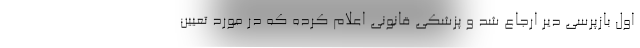
اول بازپرسی دیر ارجاع شد و پزشکی قانونی اعلام کرده که در مورد تعیین